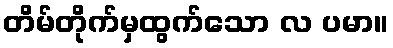
တိမ်တိုက်မှထွက်သော လ ပမာ။